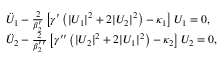
\begin{array} { r l } & { \ddot { U } _ { 1 } - \frac { 2 } { \beta _ { 2 } ^ { \prime } } \left[ \gamma ^ { \prime } \left( | U _ { 1 } | ^ { 2 } + 2 | U _ { 2 } | ^ { 2 } \right) - \kappa _ { 1 } \right] U _ { 1 } = 0 , } \\ & { \ddot { U } _ { 2 } - \frac { 2 } { \beta _ { 2 } ^ { \prime \prime } } \left[ \gamma ^ { \prime \prime } \left( | U _ { 2 } | ^ { 2 } + 2 | U _ { 1 } | ^ { 2 } \right) - \kappa _ { 2 } \right] U _ { 2 } = 0 , } \end{array}